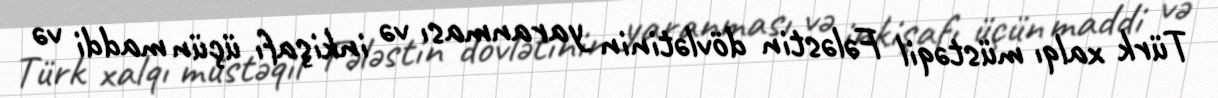
Türk xalqı müstəqil Fələstin dövlətinin yaranması və inkişafı üçün maddi və